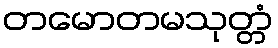
တမောတမသုတ္တံ